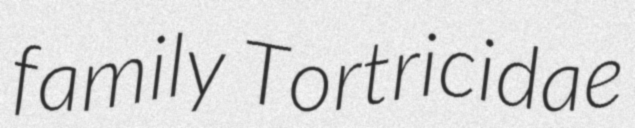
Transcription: family Tortricidae